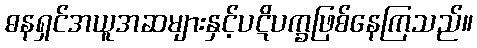
ဓနရှင်အယူအဆများနှင့်ပဋိပက္ခဖြစ်နေကြသည်။